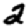
Digit: 2